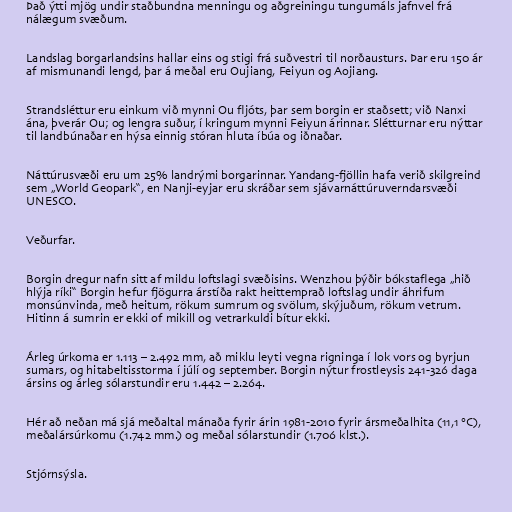
Það ýtti mjög undir staðbundna menningu og aðgreiningu tungumáls jafnvel frá
nálægum svæðum.

Landslag borgarlandsins hallar eins og stigi frá suðvestri til norðausturs. Þar eru 150 ár
af mismunandi lengd, þar á meðal eru Oujiang, Feiyun og Aojiang.

Strandsléttur eru einkum við mynni Ou fljóts, þar sem borgin er staðsett; við Nanxi
ána, þverár Ou; og lengra suður, í kringum mynni Feiyun árinnar. Slétturnar eru nýttar
til landbúnaðar en hýsa einnig stóran hluta íbúa og iðnaðar.

Náttúrusvæði eru um 25% landrými borgarinnar. Yandang-fjöllin hafa verið skilgreind
sem „World Geopark“, en Nanji-eyjar eru skráðar sem sjávarnáttúruverndarsvæði
UNESCO.

Veðurfar.

Borgin dregur nafn sitt af mildu loftslagi svæðisins. Wenzhou þýðir bókstaflega „hið
hlýja ríki“ Borgin hefur fjögurra árstíða rakt heittemprað loftslag undir áhrifum
monsúnvinda, með heitum, rökum sumrum og svölum, skýjuðum, rökum vetrum.
Hitinn á sumrin er ekki of mikill og vetrarkuldi bítur ekki.

Árleg úrkoma er 1.113 – 2.492 mm, að miklu leyti vegna rigninga í lok vors og byrjun
sumars, og hitabeltisstorma í júlí og september. Borgin nýtur frostleysis 241-326 daga
ársins og árleg sólarstundir eru 1.442 – 2.264.

Hér að neðan má sjá meðaltal mánaða fyrir árin 1981-2010 fyrir ársmeðalhita (11,1 °C),
meðalársúrkomu (1.742 mm.) og meðal sólarstundir (1.706 klst.).

Stjórnsýsla.